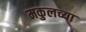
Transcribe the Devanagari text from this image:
मकुलच्या